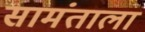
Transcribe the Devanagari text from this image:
सामंताला